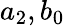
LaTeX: a_{2},b_{0}